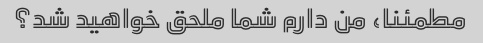
مطمئنا، من دارم شما ملحق خواهید شد؟